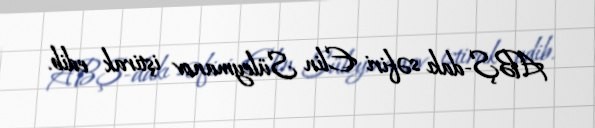
ABŞ-dakı səfiri Elin Süleymanov iştirak edib.